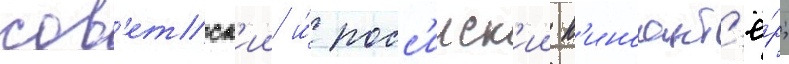
сов'етск'ии и́ росс'ииск'ии к'иноакт'ё́р;